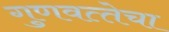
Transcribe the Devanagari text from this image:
गुणवत्‍तेचा